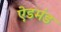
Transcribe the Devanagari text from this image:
ऐडमंड